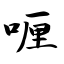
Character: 喱